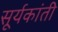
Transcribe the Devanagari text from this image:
सूर्यकांती